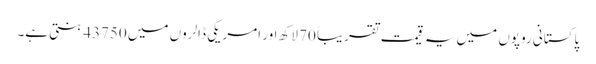
پاکستانی روپوں میں یہ قیمت تقریباً 70 لاکھ اور امریکی ڈالروں میں 43750 بنتی ہے۔